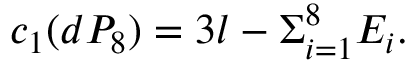
c _ { 1 } ( d P _ { 8 } ) = 3 l - \Sigma _ { i = 1 } ^ { 8 } E _ { i } .